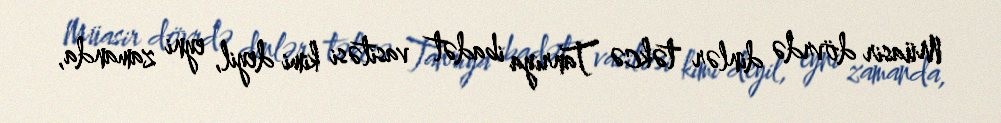
Müasir dövrdə dinlər təkcə Tanrıya ibadət vasitəsi kimi deyil, eyni zamanda,